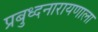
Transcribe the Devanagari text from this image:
प्रबुध्दनारायणाला